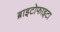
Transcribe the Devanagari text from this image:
ब्राइटोफाइटा